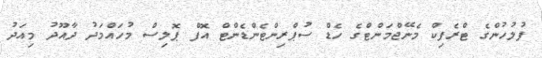
ފުލުހުންގެ ޓްރެފިކް މެނޭޖްމަންޓްގެ ހެޑް ސުޕްރިންޓެންޑެންޓް އޮފް ޕޮލިސް މުހައްމަދު ދާއޫދު މިއަދު